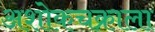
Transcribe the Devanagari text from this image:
अशोकचक्राला